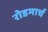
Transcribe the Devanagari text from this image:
रोडमार्च